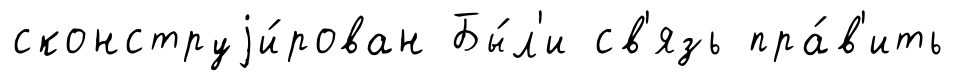
сконструjи́рован Бы́л'и св'язь пра́в'ить